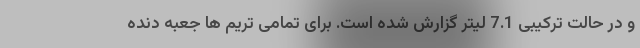
و در حالت ترکیبی 7.1 لیتر گزارش شده است. برای تمامی تریم ها جعبه دنده